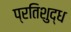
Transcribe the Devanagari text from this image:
प्रतिशुद्ध